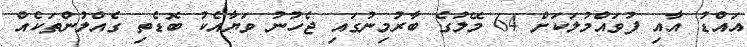
އައްޑު އާއި ފުވައްމުލަކަށް 64 މޭލުގެ ބާރުމިނުގައި ޖެހުނު ވަޔާއެކު ބޮޑެތި ގެއްލުންތަކެއް